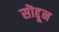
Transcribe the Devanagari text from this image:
सॊद्दून